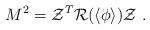
LaTeX: \begin{align*}M^2 = {\cal Z}^T {\cal R} (\langle\phi\rangle) {\cal Z}\ .\end{align*}